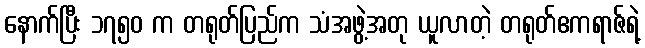
နောက်ပြီး ၁၇၅၀ က တရုတ်ပြည်က သံအဖွဲ့အတု ယူလာတဲ့ တရုတ်ဧကရာဇ်ရဲ့